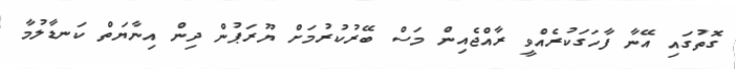
ގޮތުގައި އޭނާ ފާހަގަކުރެއްވީ ރާއްޖެއިން މަސް ބޭރުކުރުމަށް ޔޫރަޕުން ދިން އިނާޔަތް ކަނޑާލުމާ